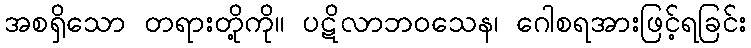
အစရှိသော တရားတို့ကို။ ပဋိလာဘဝသေန၊ ဂေါစရအားဖြင့်ရခြင်း